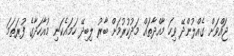
ޖައްވަށް ގެއްލުންދޭ ވިހަ މާއްދާތައް މަދުކުރުމަށް ބާރު ލިބިދޭ ހަމައެކަނި މުއާހަދާގެ ފުރަތަމަ